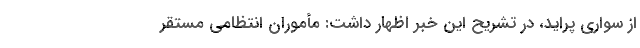
از سواری پراید، در تشریح این خبر اظهار داشت: مأموران انتظامی مستقر